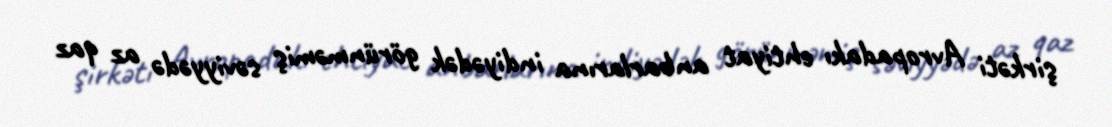
şirkəti Avropadakı ehtiyat anbarlarına indiyədək görünməmiş səviyyədə az qaz